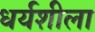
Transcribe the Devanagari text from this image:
धर्यशीला